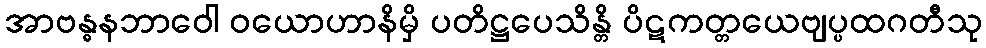
အာဗန္ဓနဘာဝေါ ဝယောဟာနိမှိ ပတိဋ္ဌပေသိန္တိ ပိဋကတ္တယေဗျပ္ပထဂတီသု